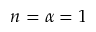
n = \alpha = 1